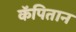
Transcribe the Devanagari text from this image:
कॅपितान